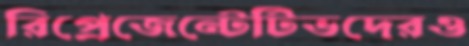
রিপ্রেজেন্টেটিভদেরও